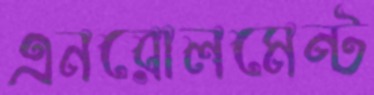
এনরোলমেন্ট